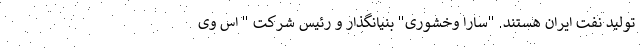
تولید نفت ایران هستند. "سارا وخشوری" بنیانگذار و رئیس شرکت " اس وی